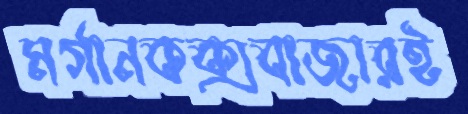
মর্গানকক্সবাজারই